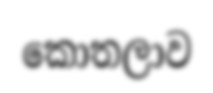
කොතලාව